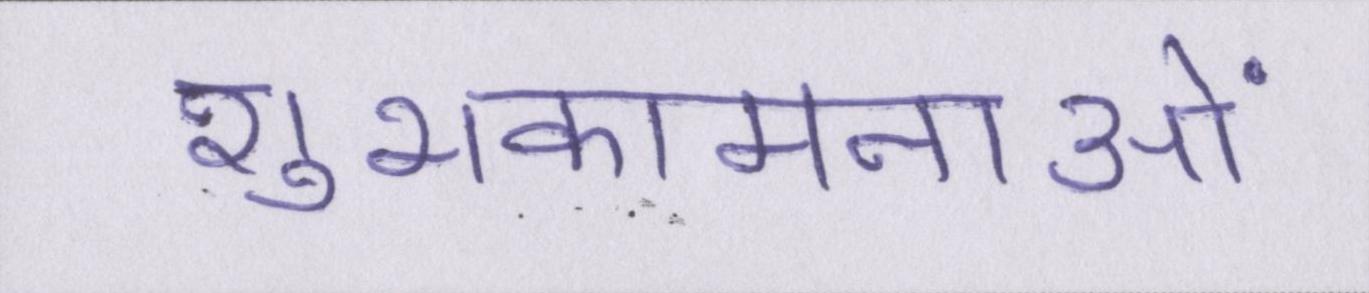
शुभकामनाओं